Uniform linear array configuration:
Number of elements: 12
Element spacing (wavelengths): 1
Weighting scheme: binomial
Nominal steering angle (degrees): -15
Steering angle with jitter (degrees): -16.738
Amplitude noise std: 0.05
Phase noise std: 0.05

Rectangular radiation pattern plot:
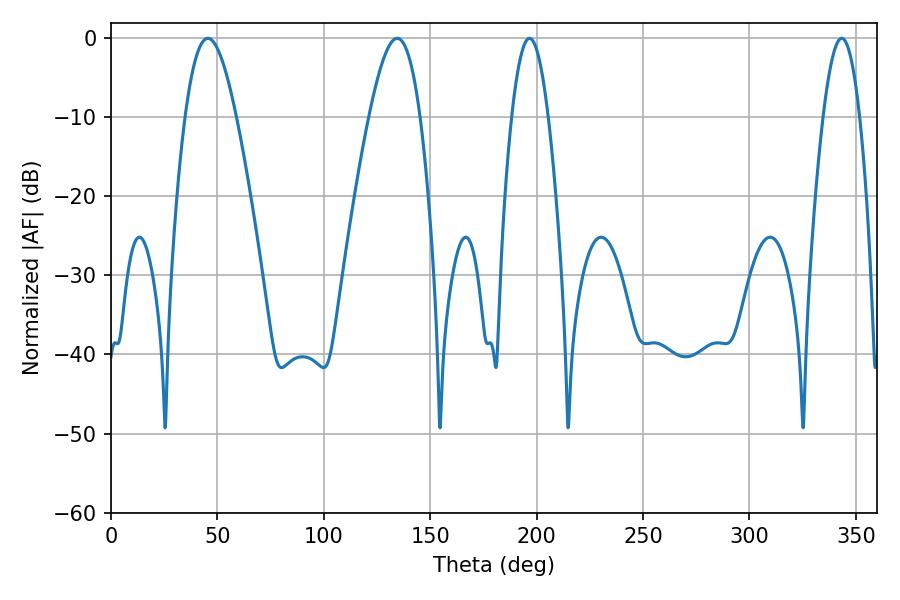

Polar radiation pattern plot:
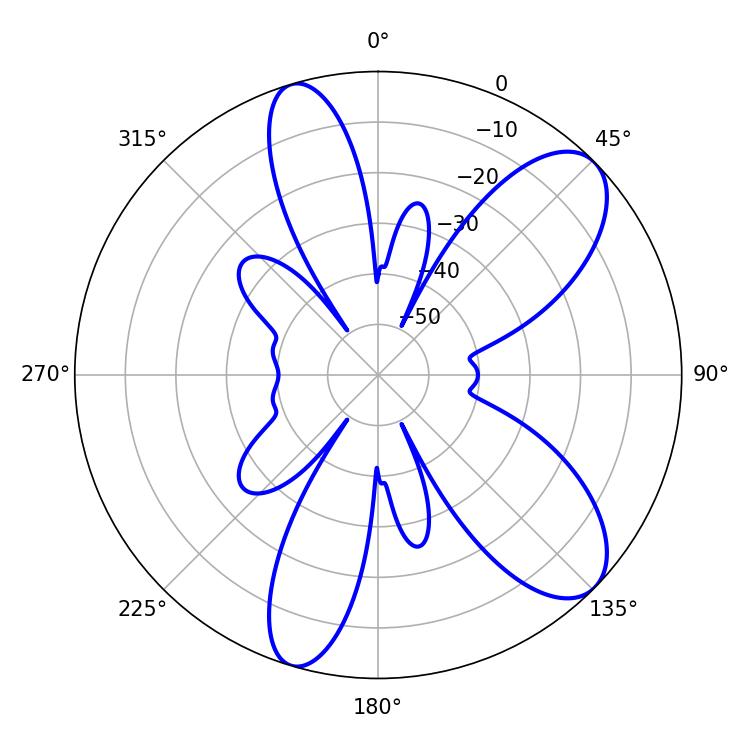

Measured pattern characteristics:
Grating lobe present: TRUE
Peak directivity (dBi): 9.011
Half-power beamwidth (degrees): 12.96
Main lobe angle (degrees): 45.54